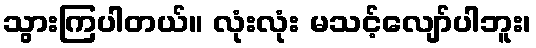
သွားကြပါတယ်။ လုံးလုံး မသင့်လျော်ပါဘူး၊